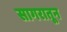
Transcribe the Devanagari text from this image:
सागरातून